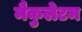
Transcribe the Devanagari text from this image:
मैकुलेटम